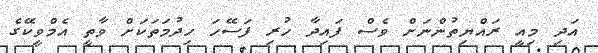
އަދި މިއީ ރައްޔިތުންނަށް ވެސް ފައިދާ ހުރި ފަސޭހަ ހިދުމަތަކަށް ވާތީ އެމްވީކޭގެ